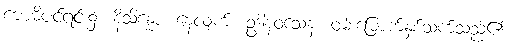
ဗောဓိပင်ရင်း၌။ နိသိန္နော၊ နေလျက်။ ဥဒါနဝသေန။ ဝမ်းမြောက်နှစ်သက်သည်၏